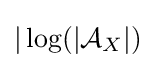
|\log(|{\mathcal {A}}_{X}|)